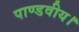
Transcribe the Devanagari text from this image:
पाण्डवीय।